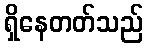
ရှိနေတတ်သည်